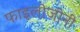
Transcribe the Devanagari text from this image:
फाइलोजीनी